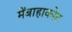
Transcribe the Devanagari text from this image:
मेंबाहाकोट